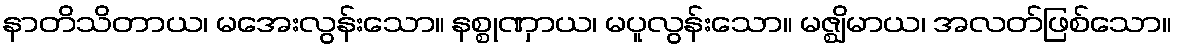
နာတိသိတာယ၊ မအေးလွန်းသော။ နစ္စုဏှာယ၊ မပူလွန်းသော။ မဇ္ဈိမာယ၊ အလတ်ဖြစ်သော။